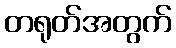
တရုတ်အတွက်